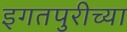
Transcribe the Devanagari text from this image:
इगतपुरीच्या